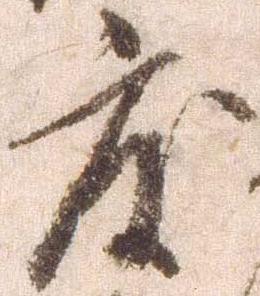
度